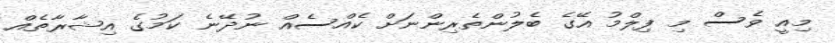
މިއީ ވެސް މި ފިލްމު އޭގެ ބެލުންތެރިންނަށް ކެއްސެއް ނުދޭނެ ކަމުގެ އިޝާރާތެއް